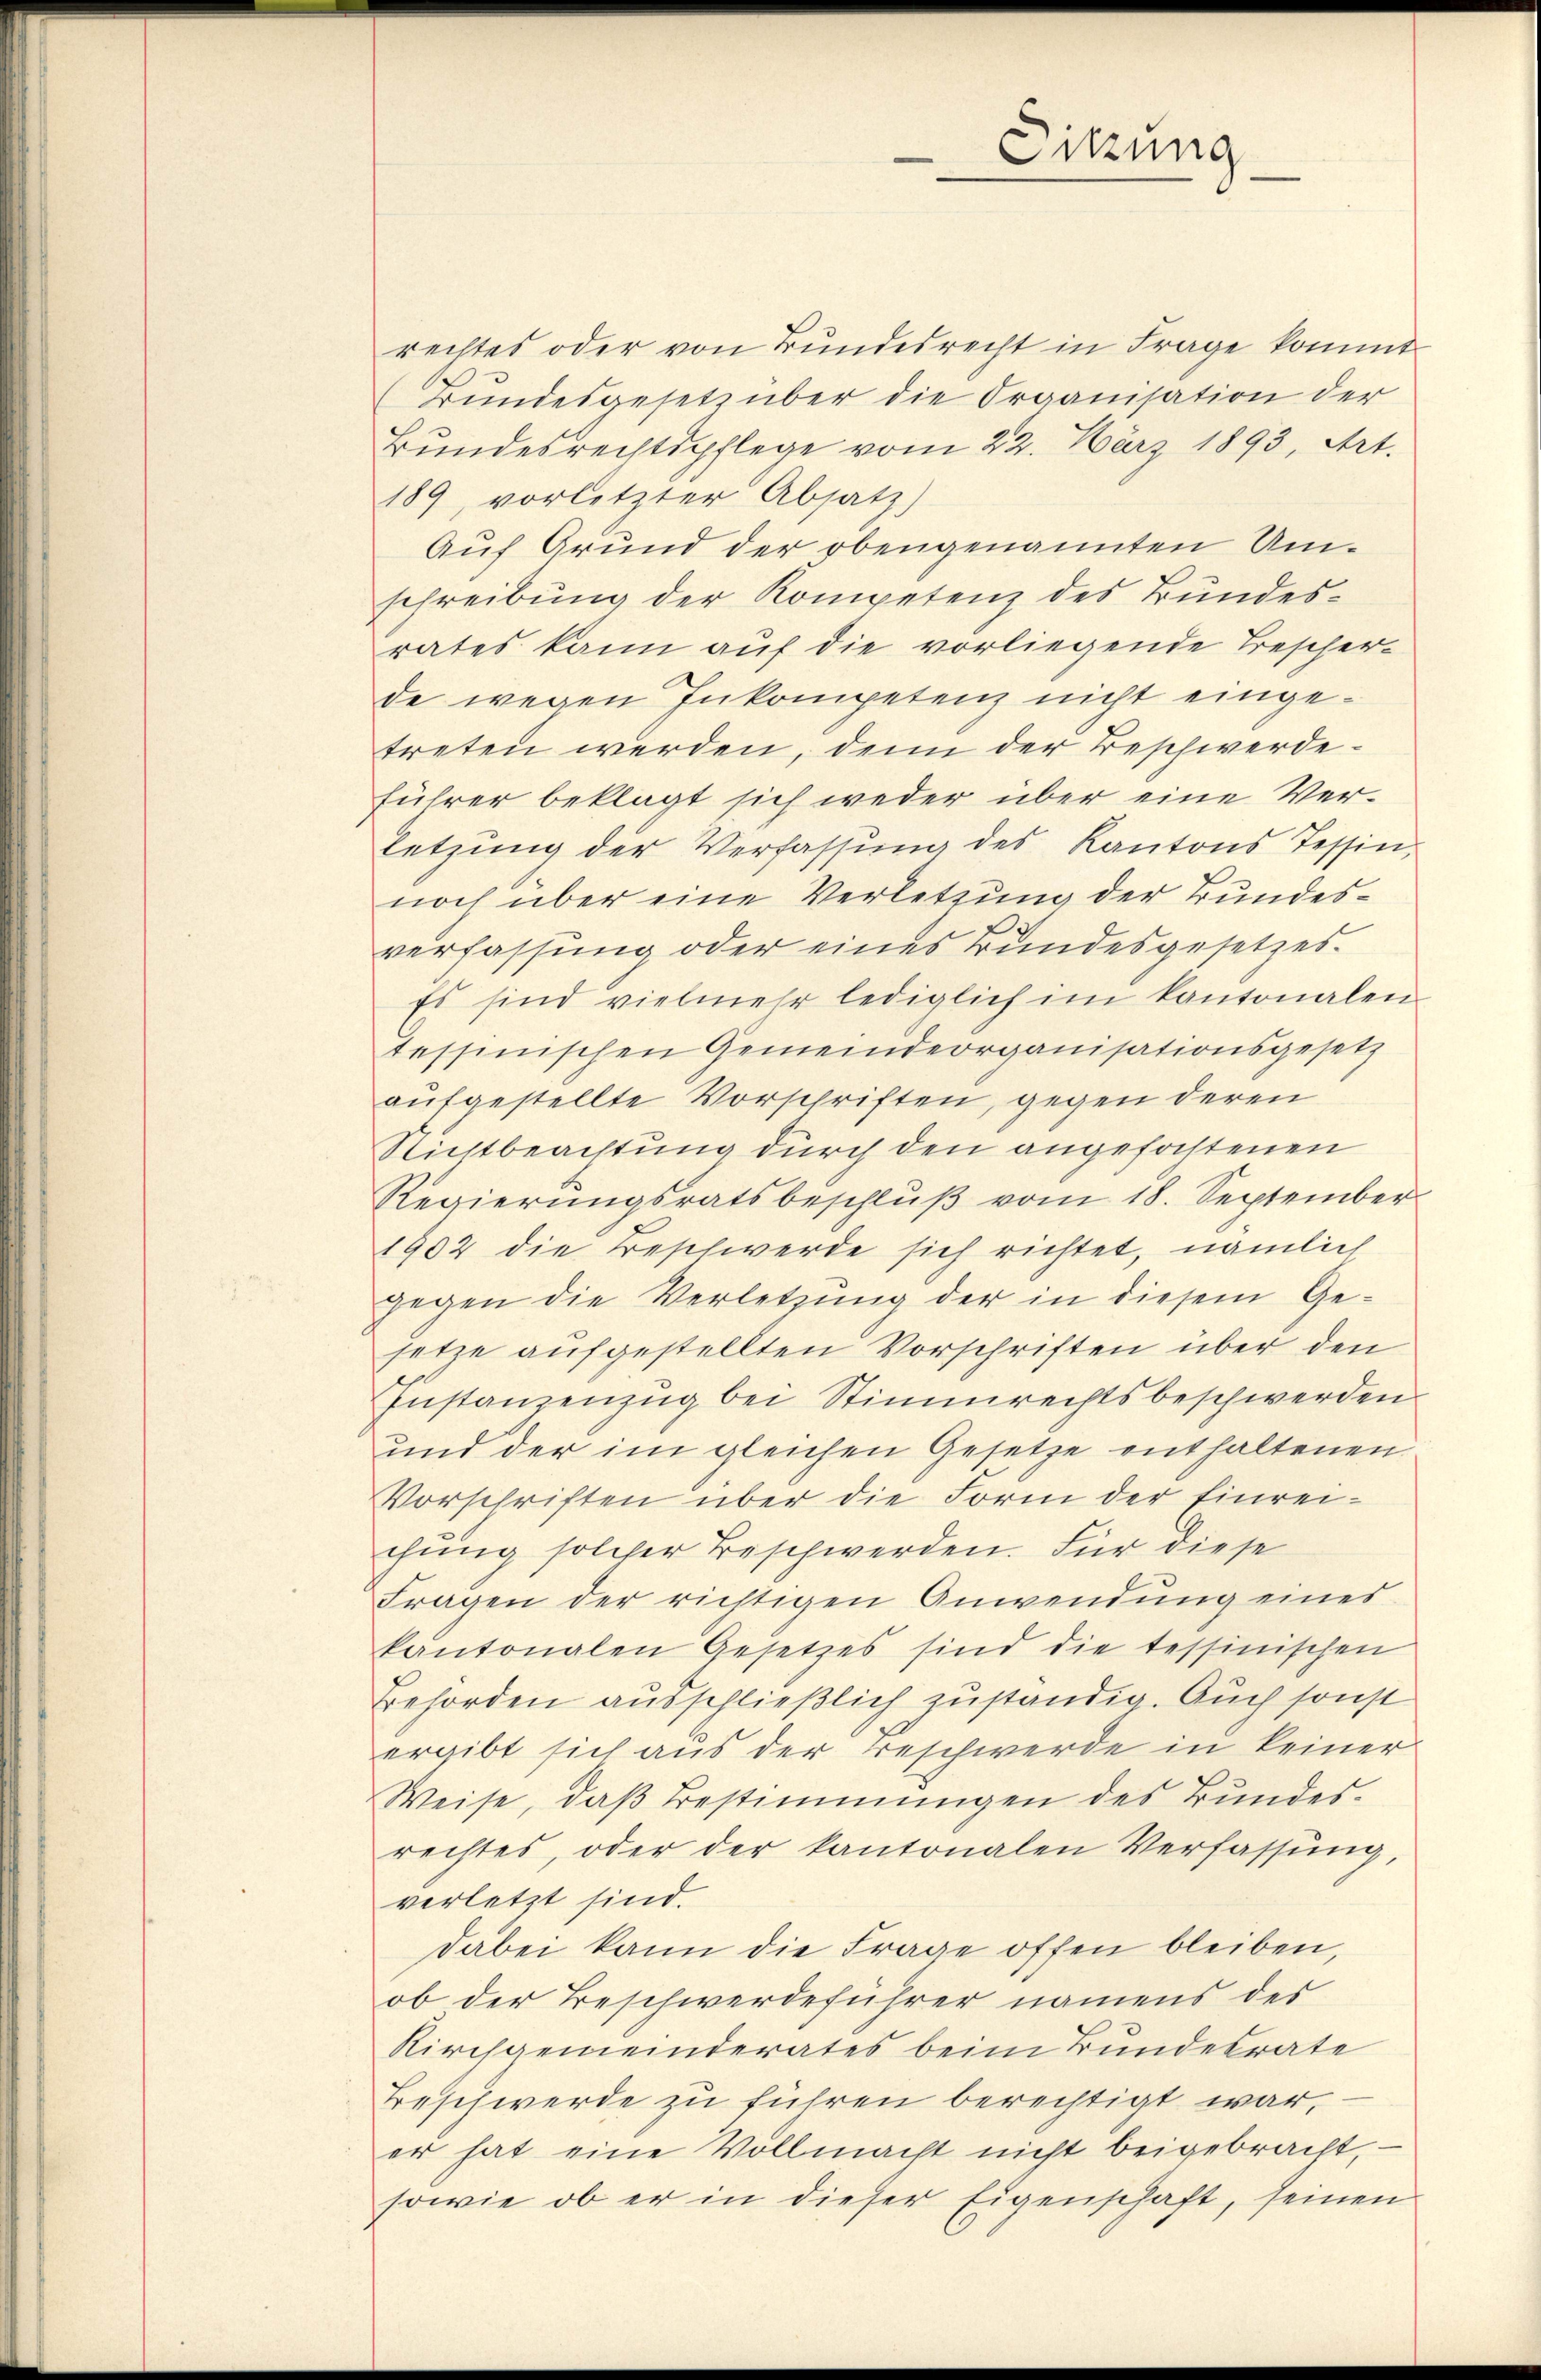
Sitzung

rechtes oder von Bundesrecht in Frage kommt
(Bundesgesetz über die Organisation der
Bundesrechtspflege vom 22. März 1893, Art.
189, vorletzter Absatz)
Auf Grund der obengenannten Umschreibung der Kompetenz des Bundesrates kann auf die vorliegende Trescher-
de wegen Inkompetenz nicht eingetreten werden, denn der Beschwerdeführer beklagt sich weder über eine Verletzung der Verfassung des Kantons Tessin,
noch über eine Verletzung der Bundesverfassung oder eines Bundesgesetzes.
Es sind vielmehr lediglich im Kantonalen
tessinischen Gemeindeorganisationsgesetz
aufgestellte Vorschriften, gegen deren
Nichtbeachtung durch den angefochtenen
Regierŭngsratsbeschlŭβ vom 18. September
1902 die Beschwerde sich richtet, nämlich
gegen die Verletzung der in diesem Ge-
setze aufgestellten Vorschriften über den
Instanzenzug bei Stimmrechtsbeschwerden
und der im gleichen Gesetze enthaltenen
Vorschriften über die Form der Einreichung solcher Beschwerden. Für diese
Fragen der richtigen Anwendung eines
kantonalen Gesetzes sind die tessinischen
Behörden ausschließlich zuständig. Auch sonst
ergibt sich aus der Beschwerde in keiner
Weise, daß Bestimmungen des Bundesrechtes, oder der kantonalen Verfassŭng,
verletzt sind.
dabei kann die Frage offen bleiben,
ob der Beschwerdeführer namens des
Kirchgemeinderates beim Bundesrate
Beschwerde zu führen berechtigt war,
er hat eine Vollmacht nicht beigebracht,
sowie ob er in dieser Eigenschaft, seinen